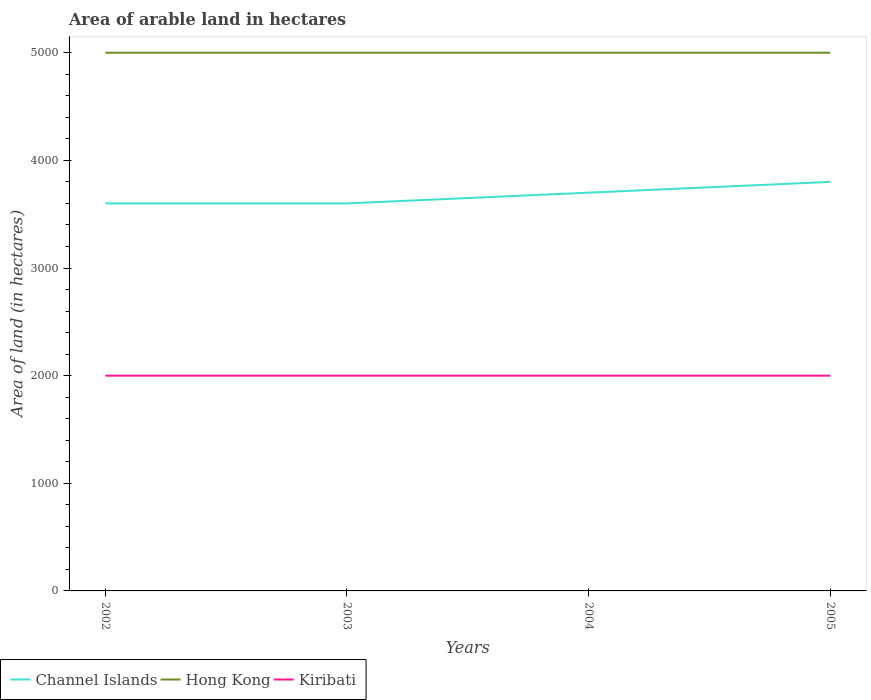
| Years | Channel Islands | Hong Kong | Kiribati |
 | --- | --- | --- | --- |
 | 2002 | 3.6e+03 | 5e+03 | 2e+03 |
 | 2003 | 3.6e+03 | 5e+03 | 2e+03 |
 | 2004 | 3.7e+03 | 5e+03 | 2e+03 |
 | 2005 | 3.8e+03 | 5e+03 | 2e+03 |